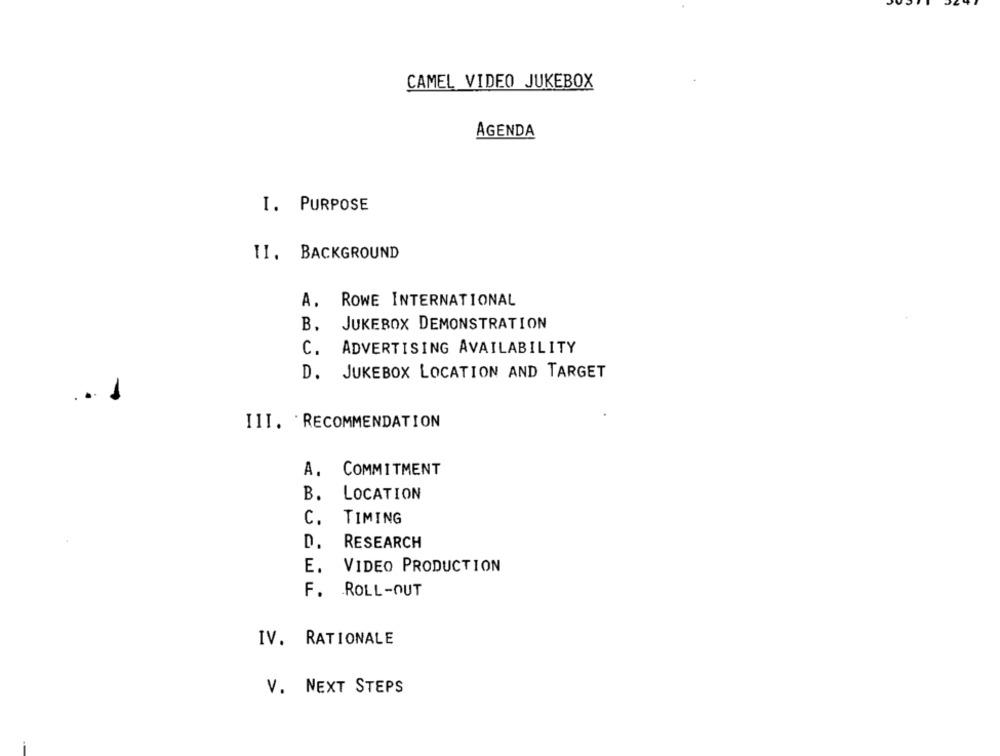
CAMEL VIDEO JUKEBOX
AGENDA
I. PURPOSE
II. BACKGROUND
A. ROWE INTERNATIONAL
B. JUKEBOX DEMONSTRATION
C. ADVERTISING AVAILABILITY
D. JUKEBOX LOCATION AND TARGET
III. RECOMMENDATION
A. COMMITMENT
B.
LOCATION
C. TIMING
D. RESEARCH
E. VIDEO PRODUCTION
F. ROLL-OUT
IV. RATIONALE
V. NEXT STEPS